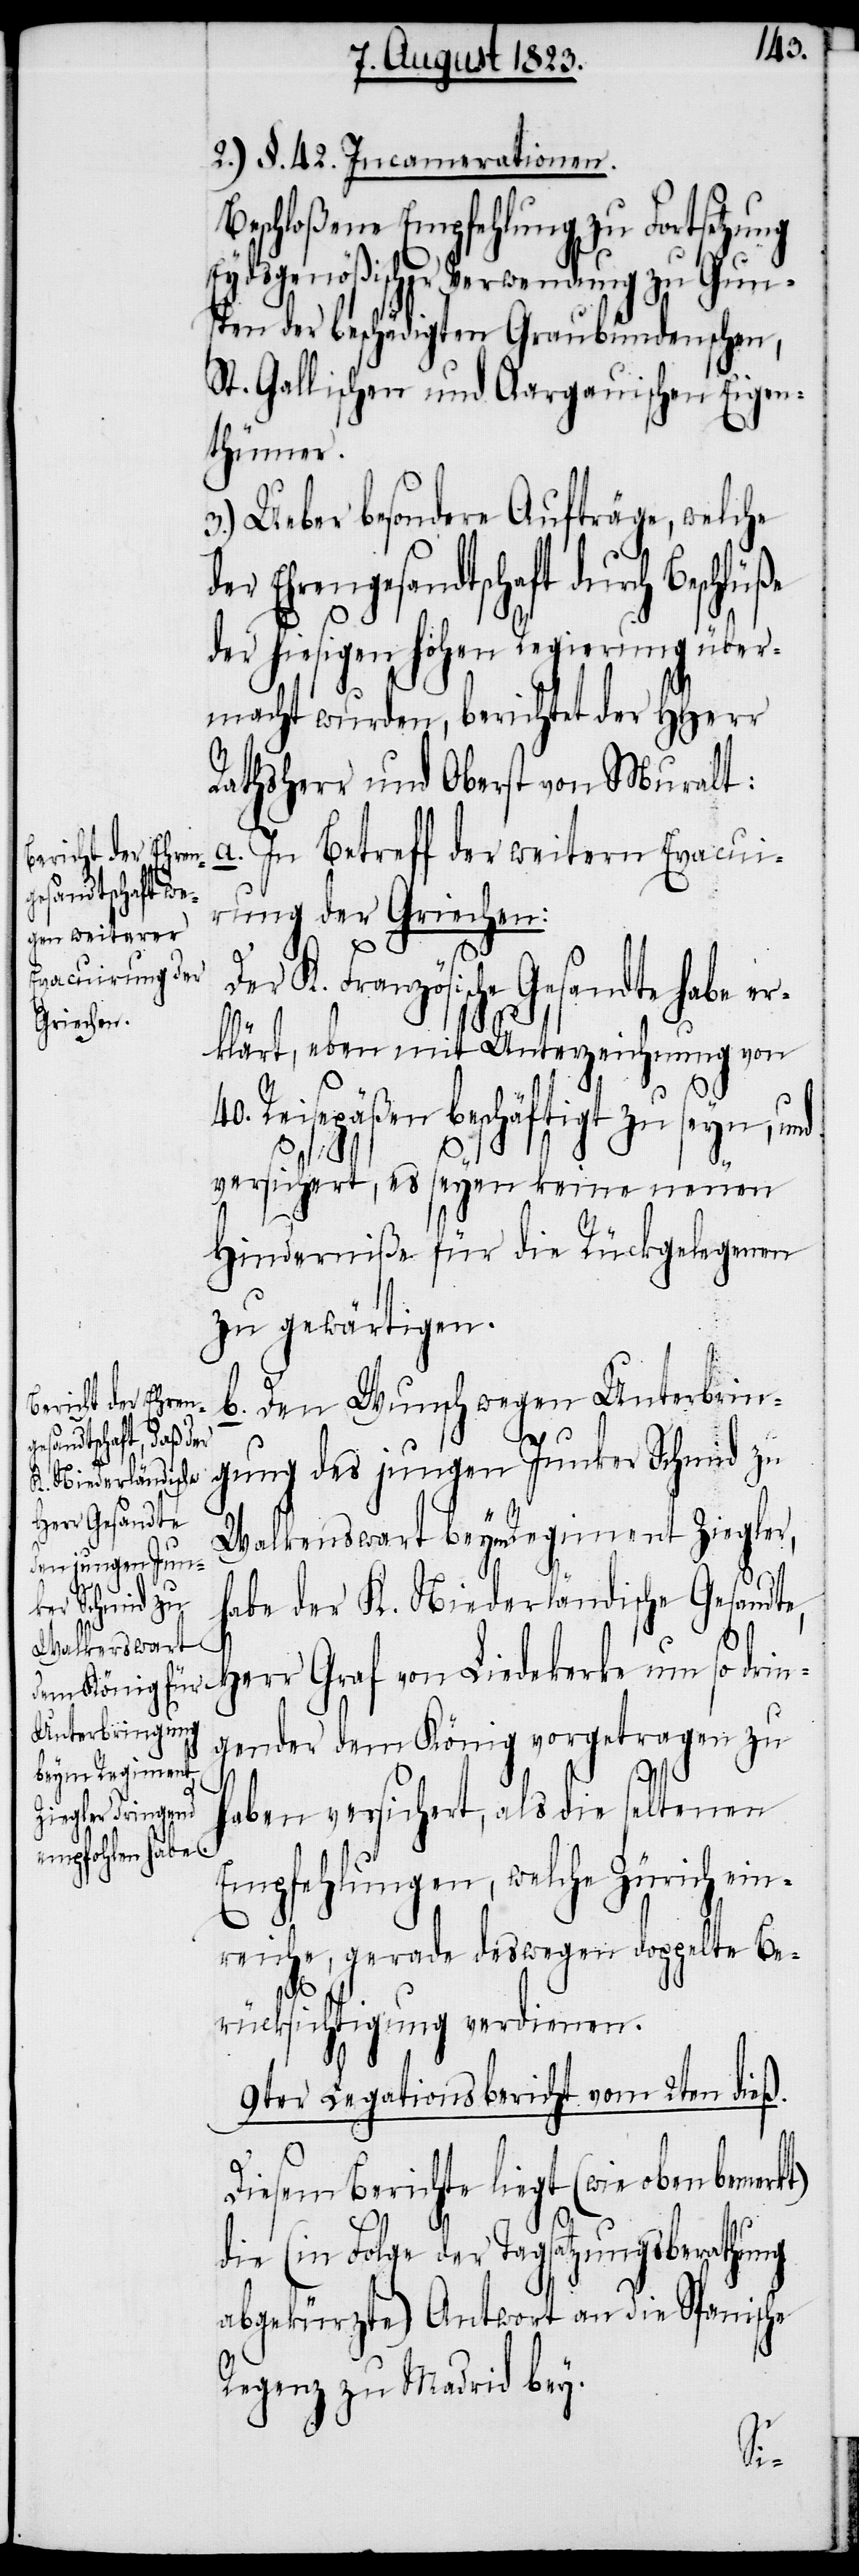
40.
Walkenswart
beym Regiment

2.) §. 42. Incamerationen.
Beschloßene Empfehlung zu Fortsetzung
Eydsgenößischer Verwendung zu Gun¬
sten der beschädigten Graubündenschen,
St. Gallischen und Aargauischen Eigen¬
thümer.
3.) Ueber besondere Aufträge, welche
Ehrengesandtschaft durch
der hiesigen hohen Regierung über¬
macht wurden, berichtet der HHerr
Rathsherr und Oberst von Muralt:
a. In Betreff der weitern Evacuir¬
ung der Griechen:
Der K. Französische Gesandte habe er¬
klärt, eben mit Unterzeichnung von
Reisepäßen beschäftigt zu seyn,
versichert, es seyen keine neuen
Hinderniße für die Rückgelegenen
zu gewärtigen.
b.
Den Wunsch wegen Unterbrin¬
gung des jungen Junker Schmid zu
habe der K. Niederländische Gesandt¬
Herr Graf von Liedekerke um so dri¬
ngender dem König vorgetragen zu
e,
haben versichert, als die seltenen
Empfehlungen, welche Zürich ein¬
reiche, gerade deswegen doppelte Be¬
rücksichtigung verdienen.
9ter Legationsbericht vom 2ten dieß.
Diesem Berichte liegt (wie eben bemerkt)
die (in Folge der Tagsatzungsberathung
abgekürzte) Antwort an die Spanische
Regenz zu Madrid bey.